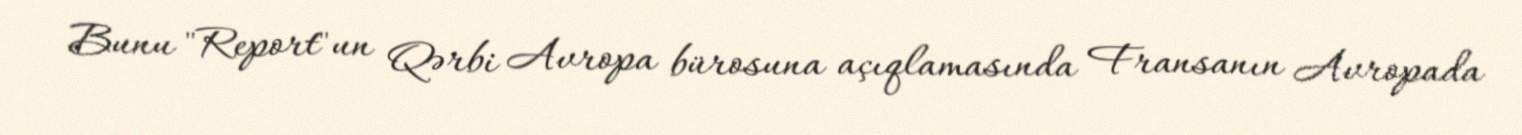
Bunu "Report"un Qərbi Avropa bürosuna açıqlamasında Fransanın Avropada